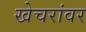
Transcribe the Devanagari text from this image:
खेचरांवर